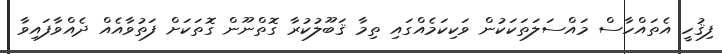
ފިޤުހީ އެތައްހާސް މައްސަލަތަކަކުން ވަކިކަމެއްގައި ތިމާ ޤަބޫލުކުރާ ގޮތްނޫން ގޮތަކަށް ފަތުވާއެއް ދެއްވާފައިވާ